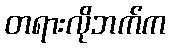
တရားလိုဘက်က